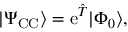
\begin{array} { r } { | \Psi _ { \mathrm { C C } } \rangle = \mathrm { e } ^ { \hat { T } } | \Phi _ { 0 } \rangle , } \end{array}